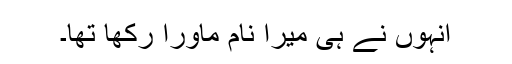
انہوں نے ہی میرا نام ماورا رکھا تھا۔